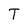
Character: T